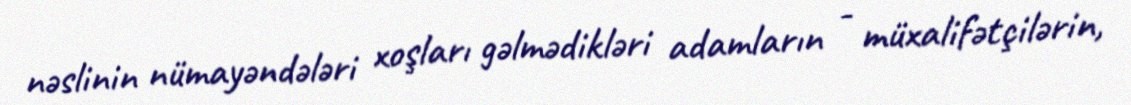
nəslinin nümayəndələri xoşları gəlmədikləri adamların - müxalifətçilərin,